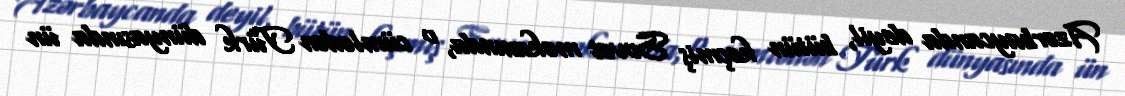
Azərbaycanda deyil, bütün keçmiş Sovet məkanında, o cümlədən Türk dünyasında ün